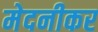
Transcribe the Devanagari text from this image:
मेदनीकर